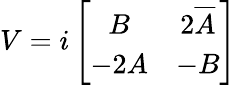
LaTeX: V=i\left[\begin{array}{cc}{{B}}&{{2\overline{{{A}}}}}\\ {{-2A}}&{{-B}}\end{array}\right]